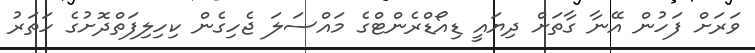
ވަރަށް ފަހުން އޭނާ ގާތަށް ދިޔައީ ޑިއޯޑްރެންޓްގެ މައްސަލަ ޖެހިގެން ކިހިލިފަތްދޮށުގެ ހަތަރު